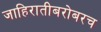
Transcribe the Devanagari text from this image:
जाहिरातीबरोबरच